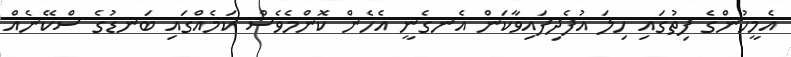
އެމީހުންގެ ފިތުގައި ހިލަ އުފެދިފައިވާކަން އެނގެނީ އެހެން ކޮންމެވެސް ކަމެއްގައި ބަނޑުގެ ސްކޭނެއް